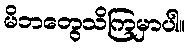
မိဘတွေသိကြမှာပါ။